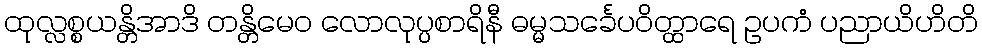
ထုလ္လစ္စယန္တိအာဒိ တန္တိမေဝ လောလုပ္ပစာရိနီ ဓမ္မသင်္ခေပဝိတ္ထာရေ ဥပကံ ပညာယိဟိတိ